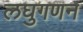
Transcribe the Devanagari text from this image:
लघुगणन